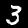
Label: 3